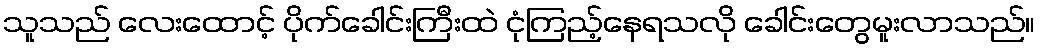
သူသည် လေးထောင့် ပိုက်ခေါင်းကြီးထဲ ငုံကြည့်နေရသလို ခေါင်းတွေမူးလာသည်။